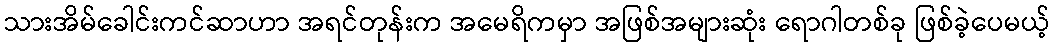
သားအိမ်ခေါင်းကင်ဆာဟာ အရင်တုန်းက အမေရိကမှာ အဖြစ်အများဆုံး ရောဂါတစ်ခု ဖြစ်ခဲ့ပေမယ့်